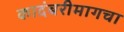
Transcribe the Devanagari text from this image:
कादंबरीमागचा